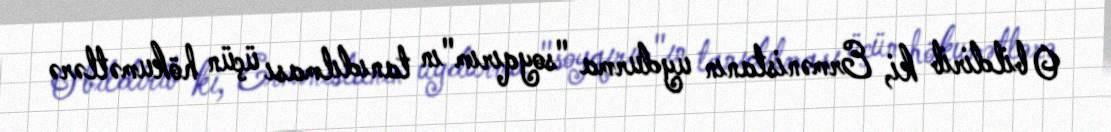
O bildirib ki, Ermənistanın uydurma "soyqırım"ın tanıdılması üçün hökumətlərə